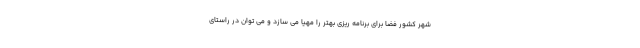
شهر کشور فضا برای برنامه ریزی بهتر را مهیا می سازد و می توان در راستای